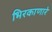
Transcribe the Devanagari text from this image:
भिरकाणारे